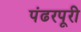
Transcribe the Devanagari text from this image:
पंढरपूरी